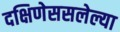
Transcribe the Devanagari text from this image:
दक्षिणेससलेल्या